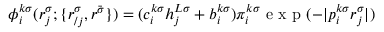
\phi _ { i } ^ { k \sigma } ( r _ { j } ^ { \sigma } ; \{ r _ { / j } ^ { \sigma } , r ^ { \bar { \sigma } } \} ) = ( c _ { i } ^ { k \sigma } h _ { j } ^ { L \sigma } + b _ { i } ^ { k \sigma } ) \pi _ { i } ^ { k \sigma } \mathrm { ~ e ~ x ~ p ~ } ( - | p _ { i } ^ { k \sigma } r _ { j } ^ { \sigma } | )